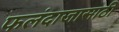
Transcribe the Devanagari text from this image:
फलंदाजासाठी